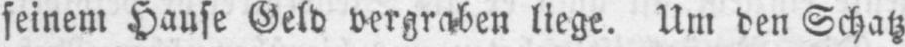
seinem Hause Geld vergraben liege. Um den Schatz